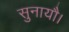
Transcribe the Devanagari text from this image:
सुनायौ।